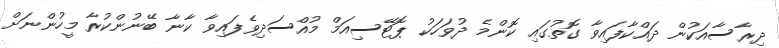
ދިރާސާއަކުން ދައްކާފައިވާ ގޮތުގައި ކޮންމެ ދުވަހަކު ޕޮޓޭސިއަމް މުއްސަދިވެފައިވާ ކާނާ ބޭނުންކުރާ މީހުންނަށް